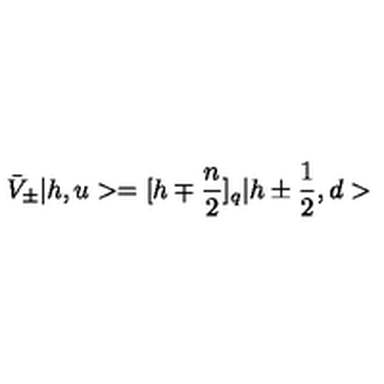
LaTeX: \bar { V } _ { \pm } | h , u > = [ h \mp { \frac { n } { 2 } } ] _ { q } | h \pm { \frac { 1 } { 2 } } , d >